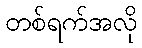
တစ်ရက်အလို